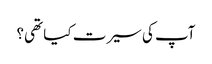
آپ کی سیرت کیا تھی؟